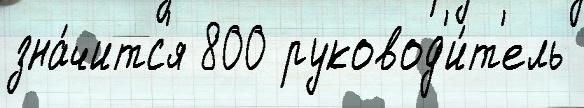
зна́читс'я 800 руковод'и́т'ель